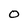
Character: O